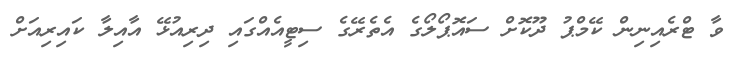
ވާ ޓްރެއިނިން ކޭމްޕު ދޫކޮށް ސައޮޕޯލޯގެ އެތެރޭގެ ސިޓީއެއްގައި ދިރިއުޅޭ އާއިލާ ކައިރިއަށް